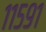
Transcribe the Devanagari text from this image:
११५९१